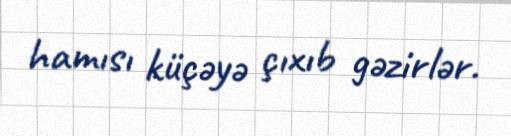
hamısı küçəyə çıxıb gəzirlər.